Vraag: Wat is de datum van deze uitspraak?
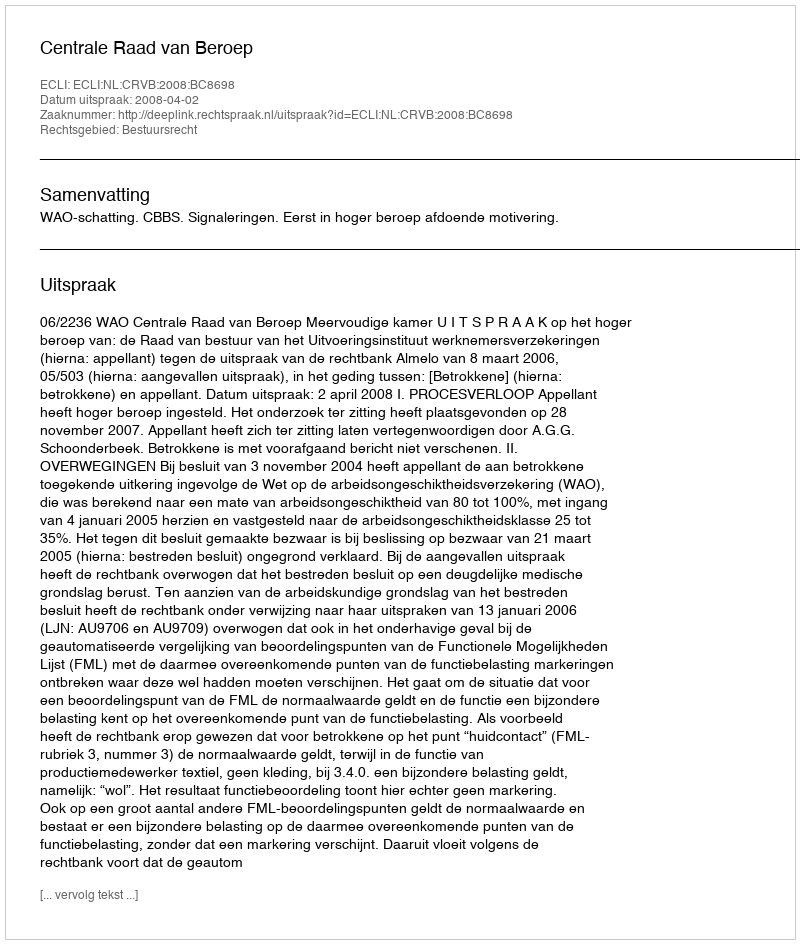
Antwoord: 2008-04-02